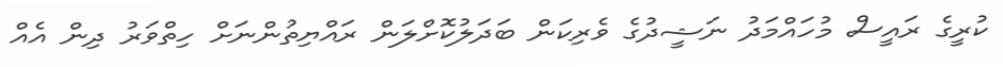
ކުރީގެ ރައީސް މުހައްމަދު ނަޝީދުގެ ވެރިކަން ބަދަލުކޮށްލަން ރައްޔިތުންނަށް ހިތްވަރު ދިން އެއް